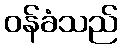
ဝန်ခံသည်